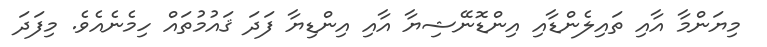
މިޔަންމާ އާއި ތައިލެންޑާއި އިންޑޮނޭޝިޔާ އާއި އިންޑިޔާ ފަދަ ޤައުމުތައް ހިމެނެއެވެ. މިފަދަ